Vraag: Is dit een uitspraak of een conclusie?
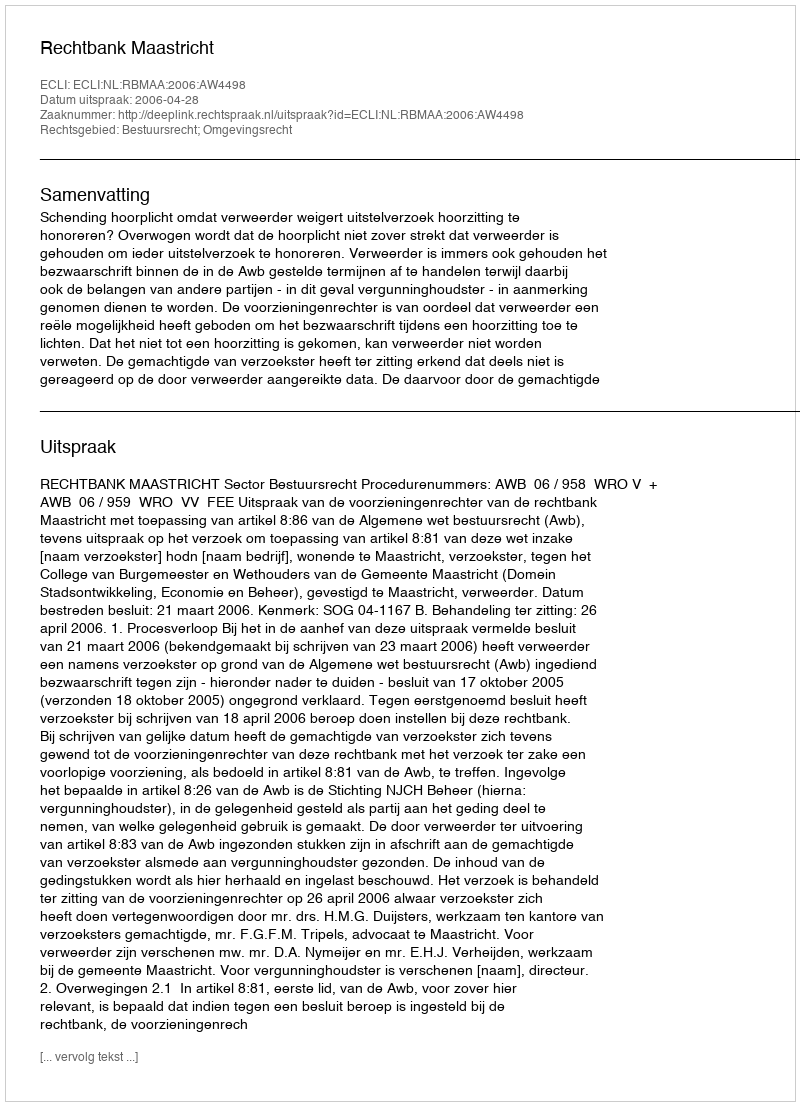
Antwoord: Uitspraak